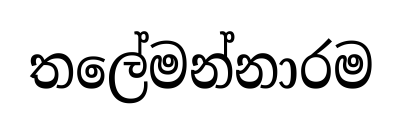
තලේමන්නාරම